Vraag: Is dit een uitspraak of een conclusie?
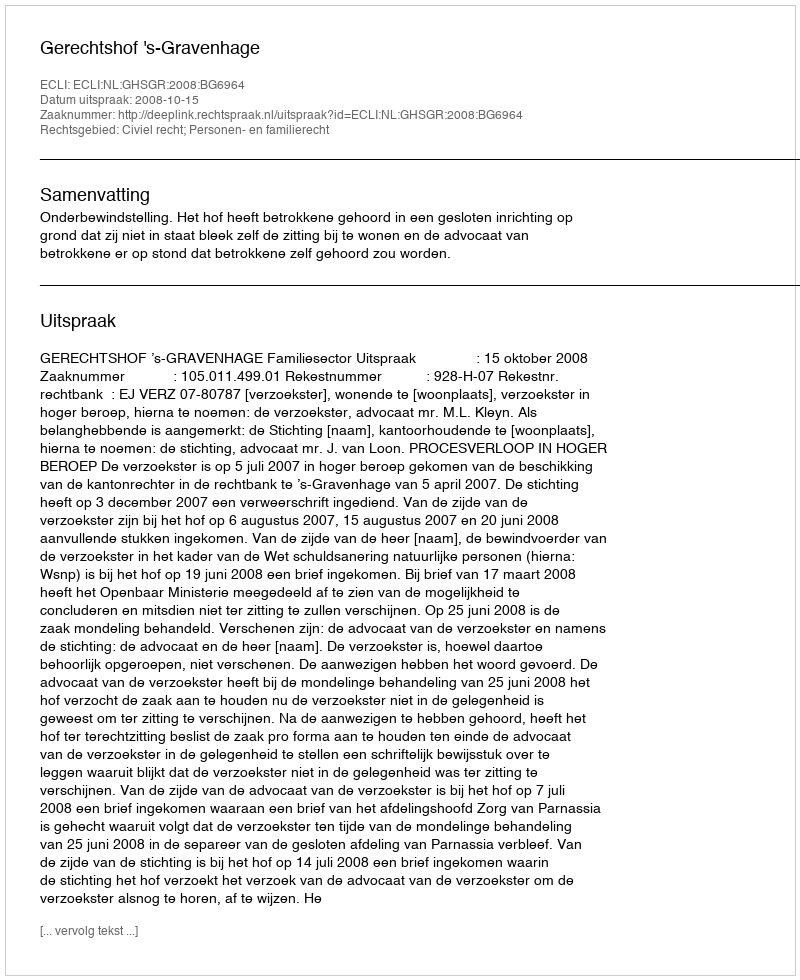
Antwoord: Uitspraak